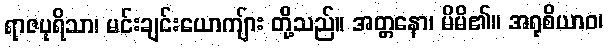
ရာဇပုရိသာ၊ မင်းချင်းယောကျ်ား တို့သည်။ အတ္တနော၊ မိမိ၏။ အရုစိယာဝ၊